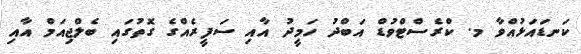
ކަނޑައަޅުއްވާ މ. ކްރެސްޓްވުޑް އަބްދު ހަމީދު އާއި ސަފީރެއްގެ ގޮތުގައި ބެލްޖިއަމް އާއި